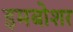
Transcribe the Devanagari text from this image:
इमबोशर